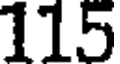
115